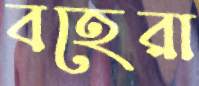
বহেরা